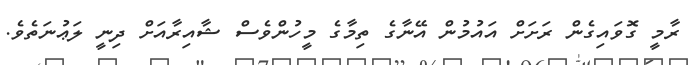
ރާމީ ގޮވައިގެން ރަށަށް އައުމުން އޭނާގެ ތިމާގެ މީހުންވެސް ޝާއިރާއަށް ދިނީ ލަޢުނަތެވެ.